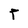
Character: T